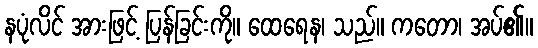
နပုံလိင် အားဖြင့် ပြန်ခြင်းကို။ ထေရေန၊ သည်။ ကတော၊ အပ်၏။